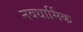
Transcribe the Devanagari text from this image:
नवधार्मिक